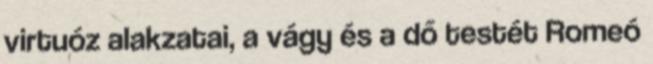
virtuóz alakzatai, a vágy és a dő testét Romeó